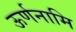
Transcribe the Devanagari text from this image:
ऊर्णनामि